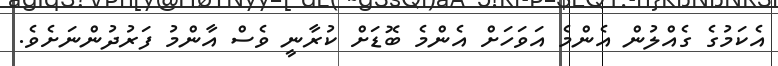
އެކަމުގެ ގެއްލުން އެންމެ އަވަހަށް އެންމެ ބޮޑަށް ކުރާނީ ވެސް އާންމު ފަރުދުންނަށެވެ.